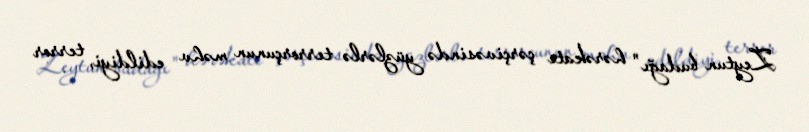
Zeytun budağı" hərəkatı çərçivəsində yüzlərlə terrorçunun məhv edildiyi, terror